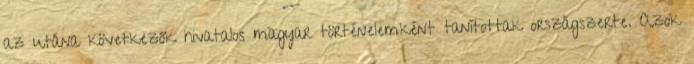
az utána következők hivatalos magyar történelemként tanítottak országszerte. Azok